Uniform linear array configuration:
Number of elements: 8
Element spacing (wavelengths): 0.75
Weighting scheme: exponential
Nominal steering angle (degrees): -60
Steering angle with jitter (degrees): -59.669
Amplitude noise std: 0.05
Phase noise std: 0.05

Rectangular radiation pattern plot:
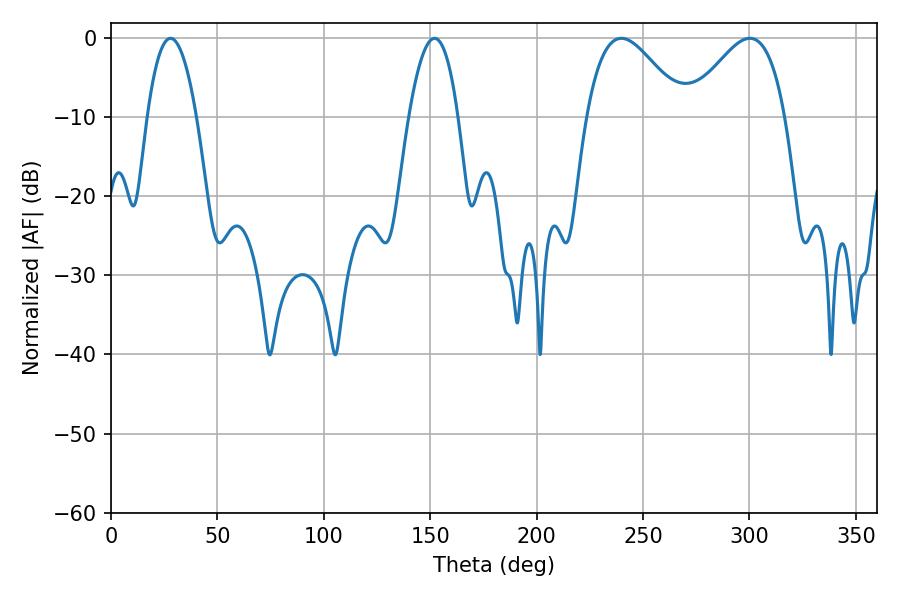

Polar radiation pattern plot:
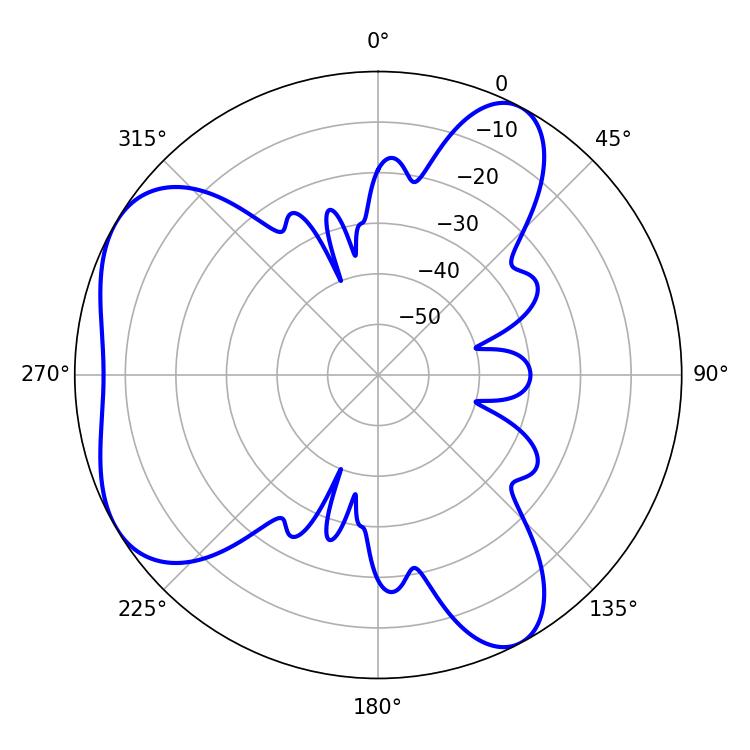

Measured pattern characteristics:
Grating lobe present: TRUE
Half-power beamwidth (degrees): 24.48
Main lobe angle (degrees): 300.24